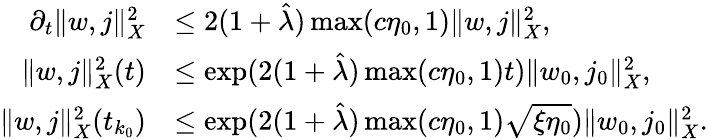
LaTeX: \begin{array}{rl}{\partial_{t}\Vert w,j\Vert_{X}^{2}}&{\le 2(1+\hat{\lambda})\operatorname*{max}(c\eta_{0},1)\Vert w,j\Vert_{X}^{2},}\\ {\Vert w,j\Vert_{X}^{2}(t)}&{\le\exp(2(1+\hat{\lambda})\operatorname*{max}(c\eta_{0},1)t)\Vert w_{0},j_{0}\Vert_{X}^{2},}\\ {\Vert w,j\Vert_{X}^{2}(t_{k_{0}})}&{\le\exp(2(1+\hat{\lambda})\operatorname*{max}(c\eta_{0},1)\sqrt{\xi\eta_{0}})\Vert w_{0},j_{0}\Vert_{X}^{2}.}\end{array}